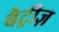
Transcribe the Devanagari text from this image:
बैट्रीज़